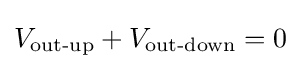
V_{\text{out-up}}+V_{\text{out-down}}=0